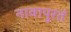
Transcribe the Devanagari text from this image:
नावापुरतं